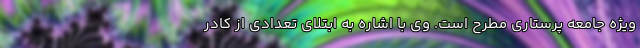
ویژه جامعه پرستاری مطرح است. وی با اشاره به ابتلای تعدادی از کادر